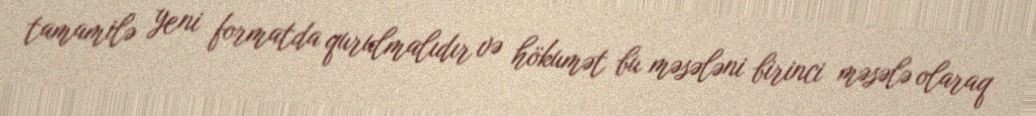
tamamilə yeni formatda qurulmalıdır və hökumət bu məsələni birinci məsələ olaraq